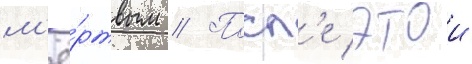
м'ё́ртвым // Посл'е этои